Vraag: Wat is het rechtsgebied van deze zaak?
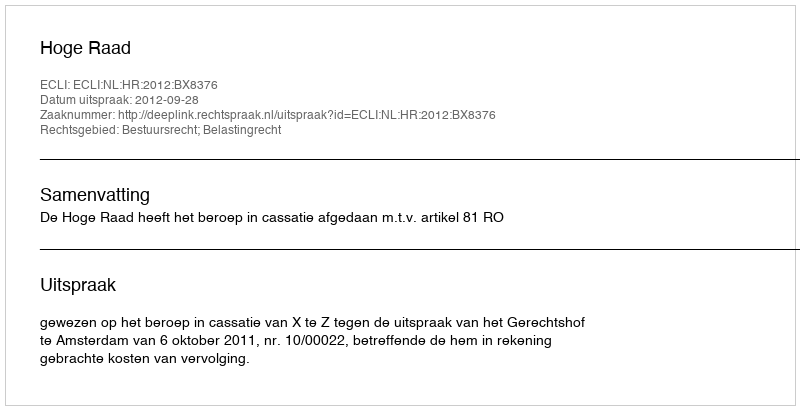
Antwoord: Bestuursrecht; Belastingrecht